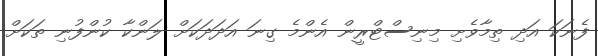
ފެނަކަ އަދި ތިމާވެށި މިނިސްޓްރީން އެންމެ ގިނަ އަދަދަކަށް ލަންކާ ކުންފުނި ތަކަށް